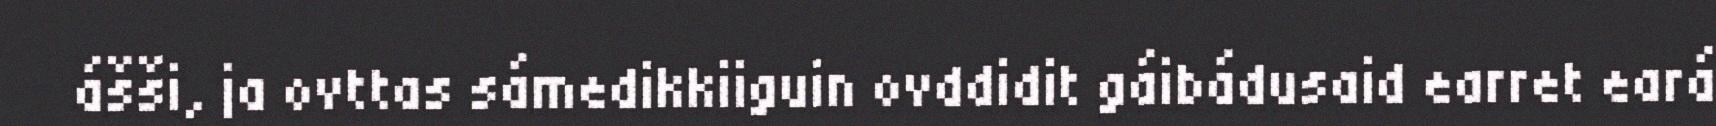
ášši, ja ovttas sámedikkiiguin ovddidit gáibádusaid earret eará